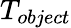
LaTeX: T_{object}